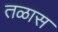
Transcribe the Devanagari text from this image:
तळास